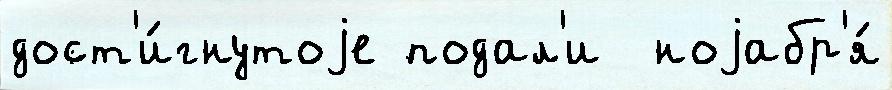
дост'и́гнутоjе подал'и  ноjабр'я́